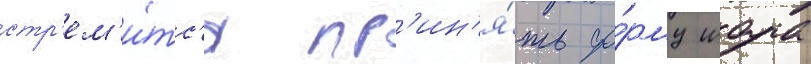
стр'ем'и́тс'я пр'ин'я́ть фо́рму шара